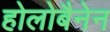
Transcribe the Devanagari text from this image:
होलोबैनेन